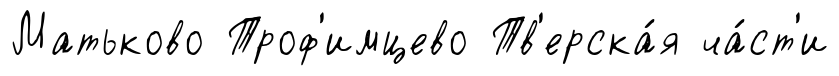
Матьково Троф'имцево Тв'ерска́я ча́ст'и